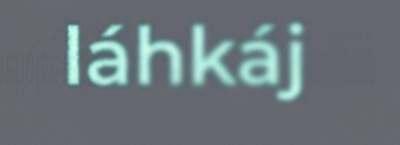
láhkáj